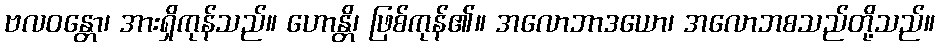
ဗလဝန္တော၊ အားရှိကုန်သည်။ ဟောန္တိ၊ ဖြစ်ကုန်၏။ အလောဘာဒယော၊ အလောဘစသည်တို့သည်။